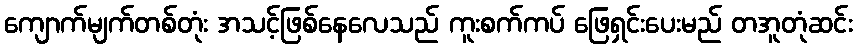
ကျောက်မျက်တစ်တုံး အသင့်ဖြစ်နေလေသည် ကူးစက်ကပ် ဖြေရှင်းပေးမည် တအူတုံဆင်း